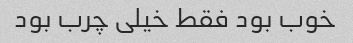
خوب بود فقط خیلی چرب بود